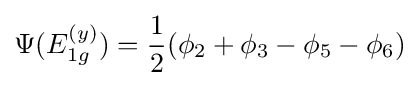
\Psi (E_{1g}^{(y)})={\frac {1}{2}}(\phi _{2}+\phi _{3}-\phi _{5}-\phi _{6})